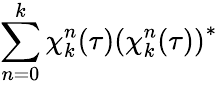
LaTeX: \sum_{n=0}^{k}\chi_{k}^{n}(\tau)\left(\chi_{k}^{n}(\tau)\right)^{*}